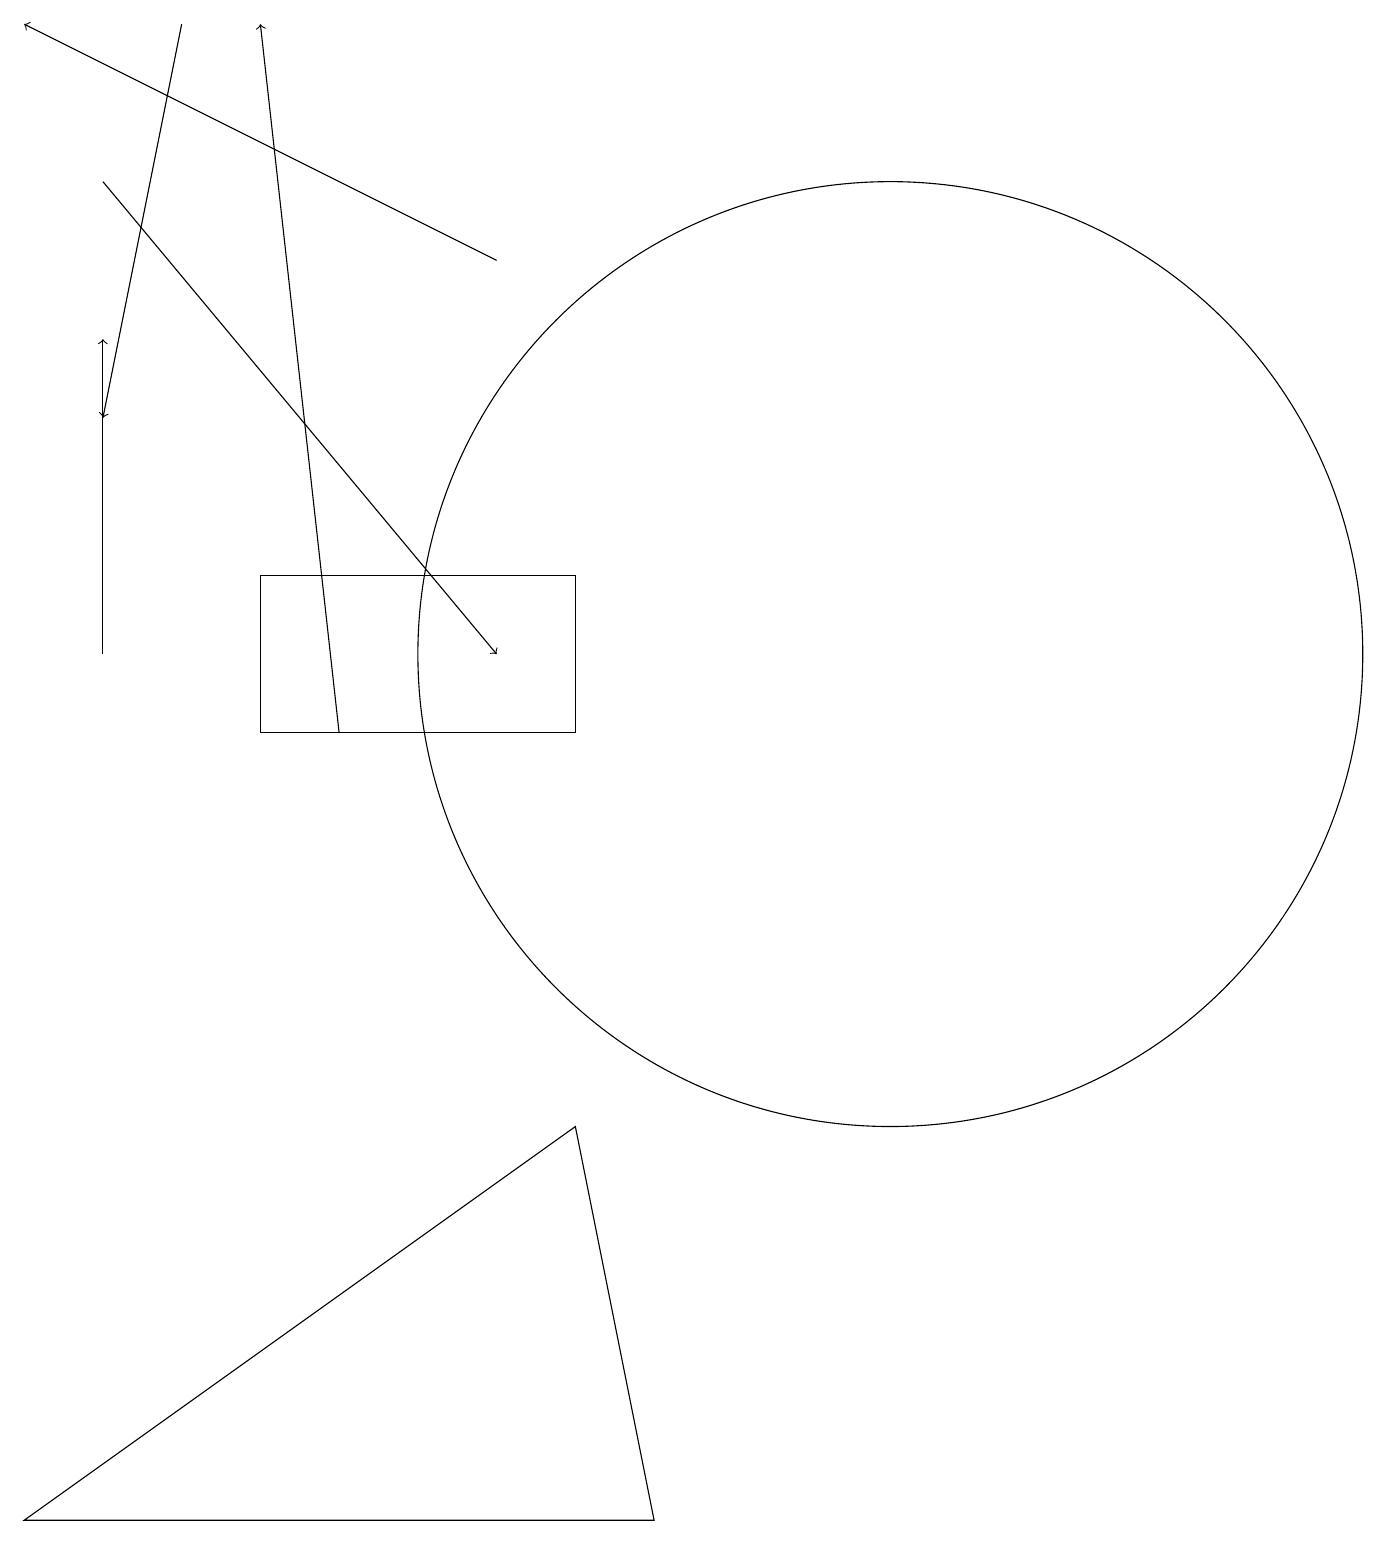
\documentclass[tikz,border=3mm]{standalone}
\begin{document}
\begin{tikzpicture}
\draw[->] (7,16) -- (1,19);
\draw (12,11) circle (6);
\draw[->] (2,17) -- (7,11);
\draw[->] (2,11) -- (2,15);
\draw[->] (5,10) -- (4,19);
\draw[->] (3,19) -- (2,14);
\draw (4,12) rectangle (8,10);
\draw (1,0) -- (8,5) -- (9,0) -- cycle;
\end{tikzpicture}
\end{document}